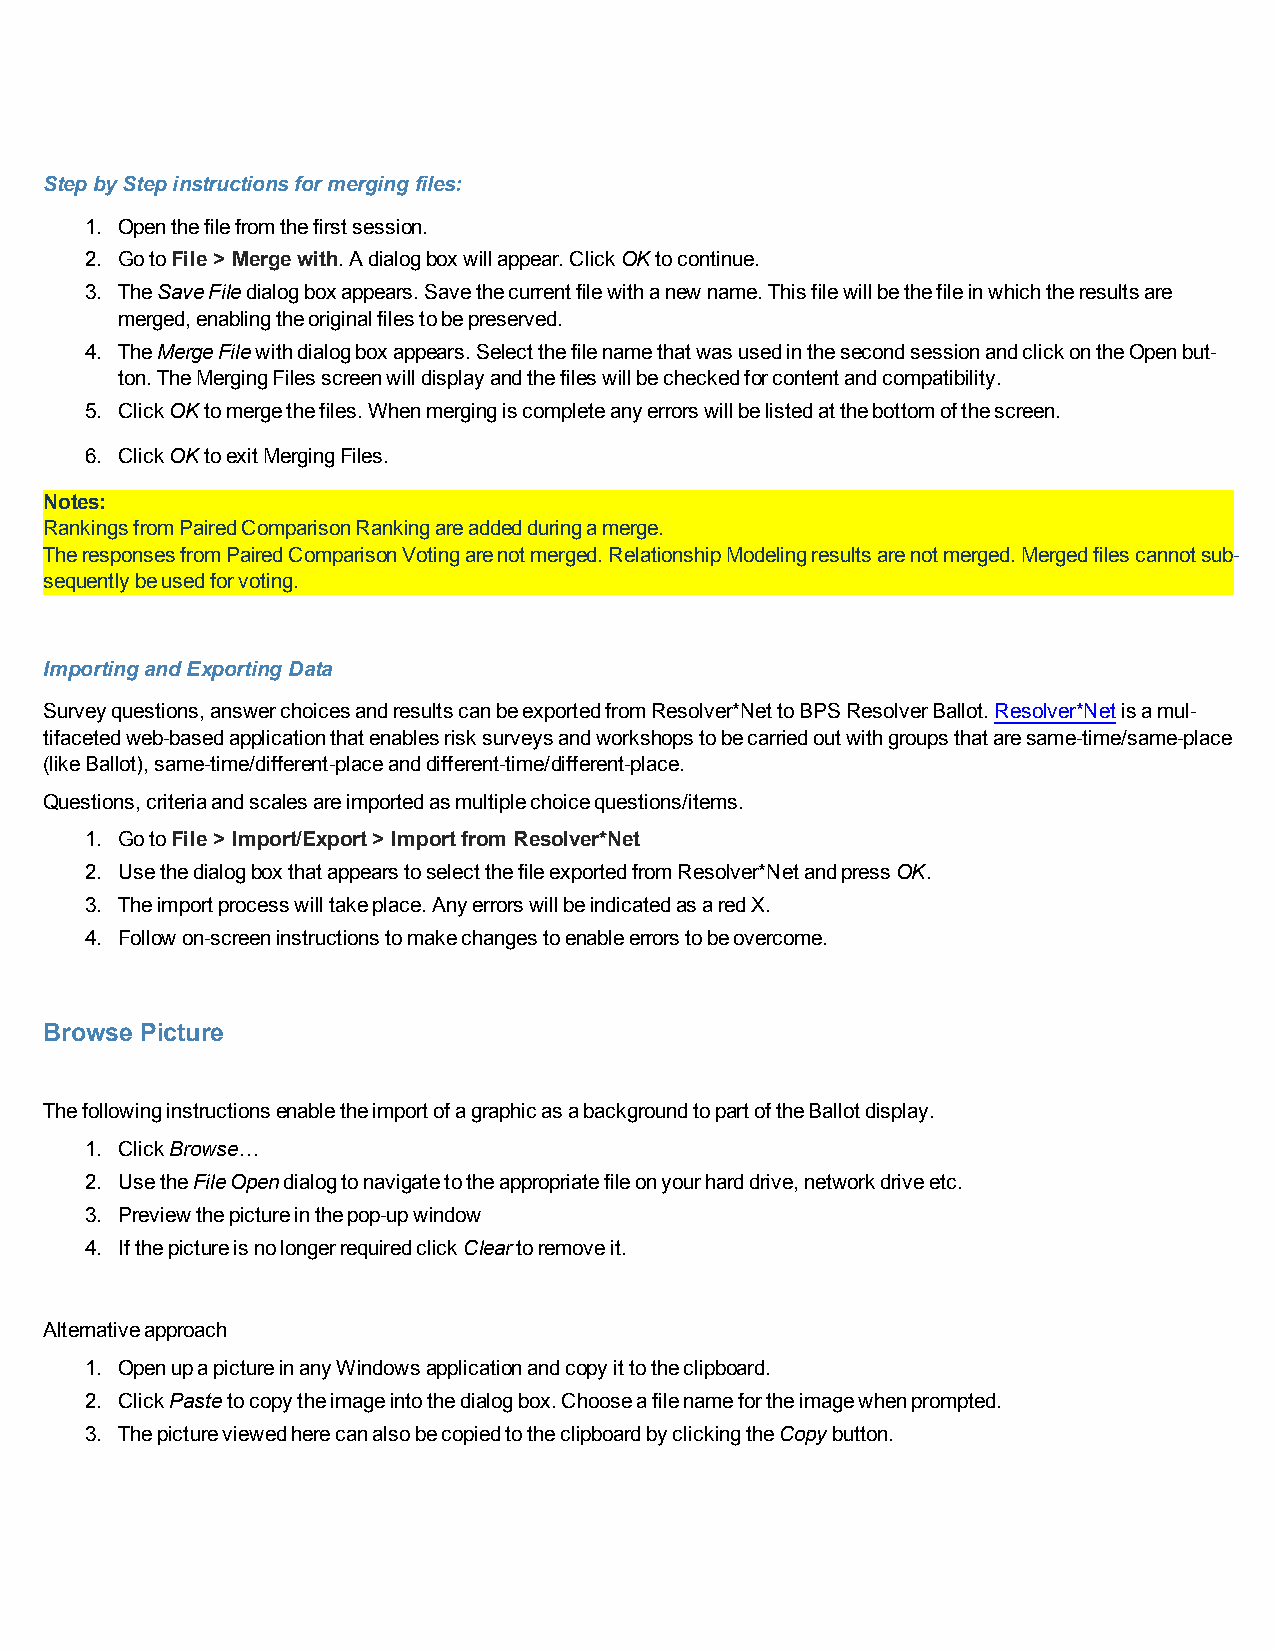
StepbyStepinstructionsformergingfiles:
 1. Openthefilefromthefirstsession.
 2. GotoFile> Mergewith.Adialogboxwillappear.ClickOKtocontinue.
 3. TheSaveFiledialogboxappears.Savethecurrentfilewithanewname.Thisfilewillbethefileinwhichtheresultsare
 merged,enablingtheoriginalfilestobepreserved.
 4. TheMergeFilewithdialogboxappears.SelectthefilenamethatwasusedinthesecondsessionandclickontheOpenbut-
 ton.TheMergingFilesscreenwilldisplayandthefileswillbecheckedforcontentandcompatibility.
 5. ClickOKtomergethefiles.Whenmergingiscompleteanyerrorswillbelistedatthebottomofthescreen.
 6. ClickOKtoexitMergingFiles.
 Notes:
 RankingsfromPairedComparisonRankingareaddedduringamerge.
 TheresponsesfromPairedComparisonVotingarenotmerged.RelationshipModelingresultsarenotmerged.Mergedfilescannotsub-
 sequentlybeusedforvoting.
 ImportingandExportingData
 Surveyquestions,answerchoicesandresultscanbeexportedfromResolver*NettoBPSResolverBallot.Resolver*Netisamul-
 tifacetedweb-basedapplicationthatenablesrisksurveysandworkshopstobecarriedoutwithgroupsthataresame-time/same-place
 (likeBallot),same-time/different-placeanddifferent-time/different-place.
 Questions,criteriaandscalesareimportedasmultiplechoicequestions/items.
 1. GotoFile> Import/Export> Importfrom Resolver*Net
 2. UsethedialogboxthatappearstoselectthefileexportedfromResolver*NetandpressOK.
 3. Theimportprocesswilltakeplace.AnyerrorswillbeindicatedasaredX.
 4. Followon-screeninstructionstomakechangestoenableerrorstobeovercome.
 Browse Picture
 ThefollowinginstructionsenabletheimportofagraphicasabackgroundtopartoftheBallotdisplay.
 1. ClickBrowse…
 2. UsetheFileOpendialogtonavigatetotheappropriatefileonyourharddrive,networkdriveetc.
 3. Previewthepictureinthepop-upwindow
 4. IfthepictureisnolongerrequiredclickCleartoremoveit.
 Alternativeapproach
 1. OpenupapictureinanyWindowsapplicationandcopyittotheclipboard.
 2. ClickPastetocopytheimageintothedialogbox.Chooseafilenamefortheimagewhenprompted.
 3. ThepictureviewedherecanalsobecopiedtotheclipboardbyclickingtheCopybutton.